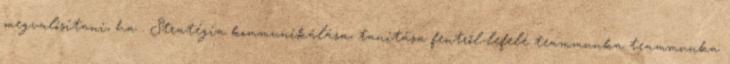
megvalósítani, ha . Stratégia kommunikálása, tanítása fentről-lefelé teammunka teammunka